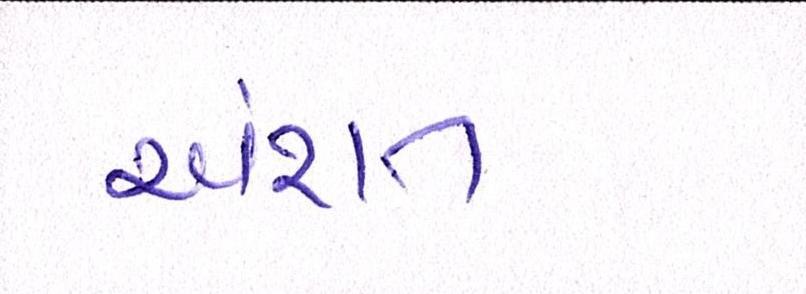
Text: અંશત